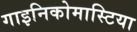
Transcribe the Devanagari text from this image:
गाइनिकोमास्टिया